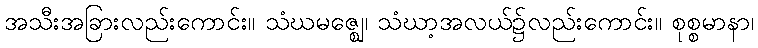
အသီးအခြားလည်းကောင်း။ သံဃမဇ္ဈေ၊ သံဃာ့အလယ်၌လည်းကောင်း။ စုစ္စမာနာ၊